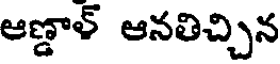
ఆణ్డాళ్ ఆనతిచ్చిన